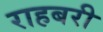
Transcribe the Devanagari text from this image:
राहबरी